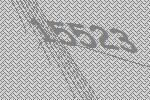
15523